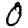
Digit: 0